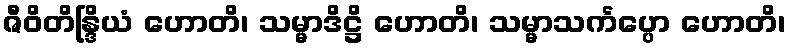
ဇီဝိတိန္ဒြိယံ ဟောတိ၊ သမ္မာဒိဋ္ဌိ ဟောတိ၊ သမ္မာသင်္ကပ္ပော ဟောတိ၊